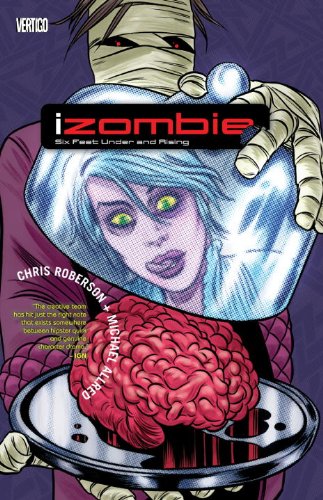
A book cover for Six Feet Under & Rising (iZombie); Chris Roberson; Comics & Graphic Novels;